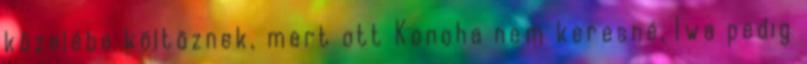
közelébe költöznek, mert ott Konoha nem keresné, Iwa pedig